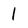
Character: 1